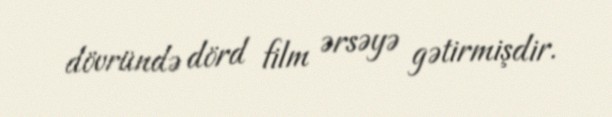
dövründə dörd film ərsəyə gətirmişdir.